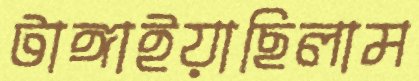
টাঙ্গাইয়াছিলাম